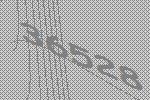
36528